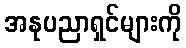
အနုပညာရှင်များကို